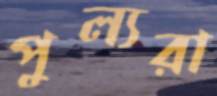
পুল্যরা